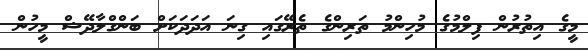
މީގެ އިތުރުން ފިލްމުގެ މުހިންމު ތަރިންގެ ތެރޭގައި ގިނަ އަދަދަކަށް ބަންގްލާދޭޝް މީހުން